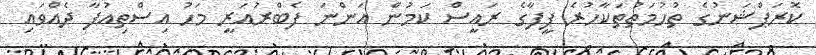
ކޮރަޕްޝަނުގެ ތުހުމަތުތަކާހުރެ ފީފާގެ ރައީސް ކަމުން އަންނަ ފެބްރުއަރީ މަހު އިސްތިއުފާ ދެއްވައި